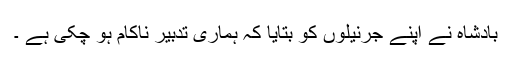
بادشاہ نے اپنے جرنیلوں کو بتایا کہ ہماری تدبیر ناکام ہو چکی ہے ۔